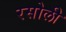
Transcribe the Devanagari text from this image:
रसोली